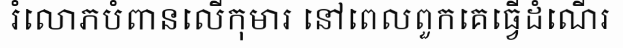
រំលោភបំពានលើកុមារ នៅពេលពួកគេធ្វើដំណើរ